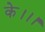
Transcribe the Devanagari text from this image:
के।।।